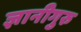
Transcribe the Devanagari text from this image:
ज्ञानीगुरु